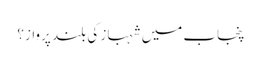
پنجاب میں شہباز کی بلند پرواز؟